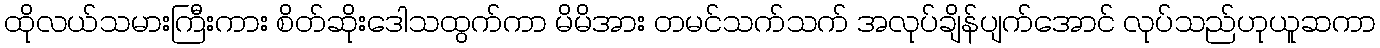
ထိုလယ်သမားကြီးကား စိတ်ဆိုးဒေါသထွက်ကာ မိမိအား တမင်သက်သက် အလုပ်ချိန်ပျက်အောင် လုပ်သည်ဟုယူဆကာ